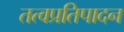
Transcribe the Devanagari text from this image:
तत्वप्रतिपादन